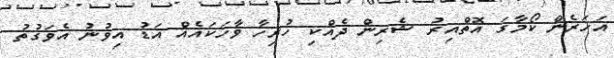
އަހަރެން ކޯމާގަ އޮތްއިރު ޝެރިން ދެއްކި ހުރިހާ ވާހަކައެއް އަޑު އިވުނު އެވަގުތު